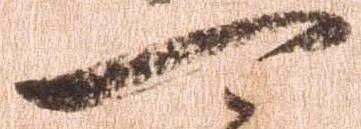
可